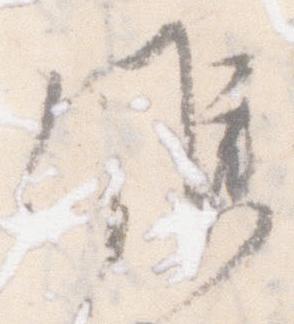
候